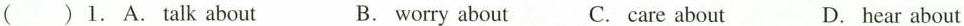
( )1.A.Talk about B.worry about C.care about D.hear about